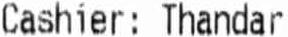
CASHIER: THANDAR